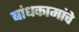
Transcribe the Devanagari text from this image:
बांधकामांचे